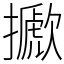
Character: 擨